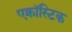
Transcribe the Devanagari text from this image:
एक्रॉस्टिक